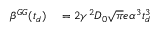
\begin{array} { r l } { \beta ^ { G G } ( t _ { d } ) } & { { } = 2 \gamma ^ { 2 } D _ { 0 } \sqrt { \pi } e \alpha ^ { 3 } t _ { d } ^ { 3 } } \end{array}